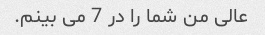
عالی من شما را در 7 می بینم.